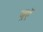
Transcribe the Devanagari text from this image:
जुएॅ